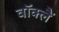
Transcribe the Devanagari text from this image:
वॉक्लैं